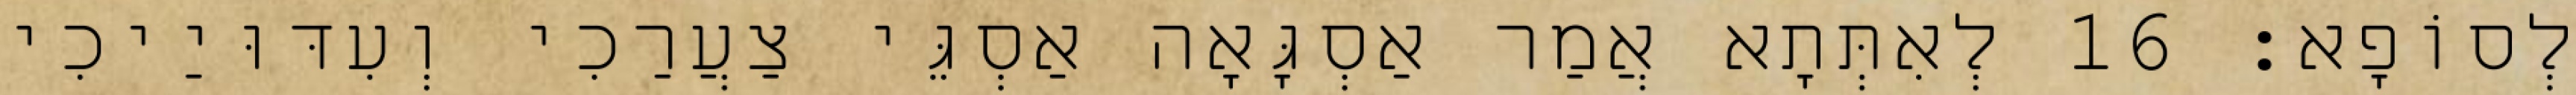
לְסוֹפָא׃ 16 לְאִתְּתָא אֲמַר אַסְגָּאָה אַסְגֵּי צַעֲרַכִי וְעִדּוּיַיכִי